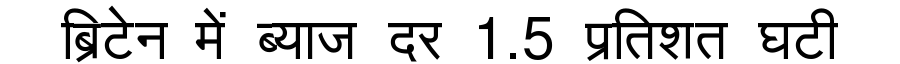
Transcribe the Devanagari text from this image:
ब्रिटेन में ब्याज दर 1.5 प्रतिशत घटी